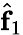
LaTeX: \hat{\mathbf f}_{1}